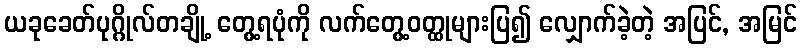
ယခုခေတ်ပုဂ္ဂိုလ်တချို့ တွေ့ရပုံကို လက်တွေ့ဝတ္ထုများပြ၍ လျှောက်ခဲ့တဲ့ အပြင်, အမြင်